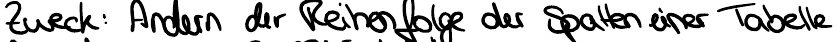
Zweck: Andern der Reihenfolge der Spalten einer Tabelle